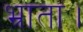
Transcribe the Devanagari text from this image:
भ्राता।